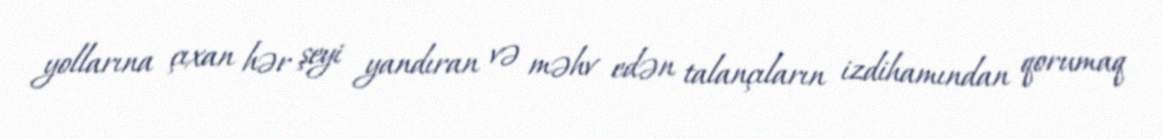
yollarına çıxan hər şeyi yandıran və məhv edən talançıların izdihamından qorumaq